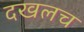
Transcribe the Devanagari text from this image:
दखलच